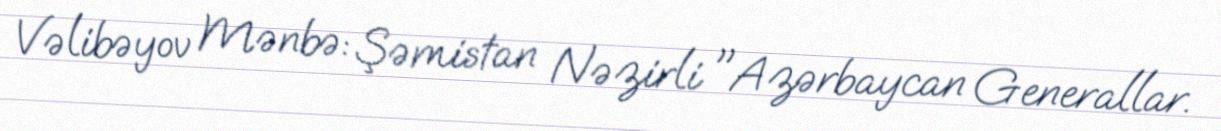
Vəlibəyov Mənbə: Şəmistan Nəzirli "Azərbaycan Generallar.